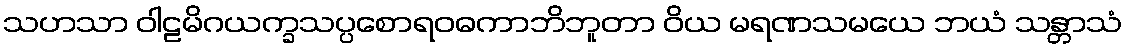
သဟသာ ဝါဠမိဂယက္ခသပ္ပစောရဝဓကာဘိဘူတာ ဝိယ မရဏသမယေ ဘယံ သန္တာသံ